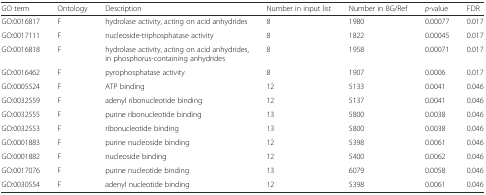
<table><thead><tr><td><b>GO term</b></td><td><b>Ontology</b></td><td><b>Description</b></td><td><b>Number in input list</b></td><td><b>Number in BG/Ref</b></td><td><b><i>p</i>-value</b></td><td><b>FDR</b></td></tr></thead><tbody><tr><td>GO:0016817</td><td>F</td><td>hydrolase activity, acting on acid anhydrides</td><td>8</td><td>1980</td><td>0.00077</td><td>0.017</td></tr><tr><td>GO:0017111</td><td>F</td><td>nucleoside-triphosphatase activity</td><td>8</td><td>1822</td><td>0.00045</td><td>0.017</td></tr><tr><td>GO:0016818</td><td>F</td><td>hydrolase activity, acting on acid anhydrides, in phosphorus-containing anhydrides</td><td>8</td><td>1958</td><td>0.00071</td><td>0.017</td></tr><tr><td>GO:0016462</td><td>F</td><td>pyrophosphatase activity</td><td>8</td><td>1907</td><td>0.0006</td><td>0.017</td></tr><tr><td>GO:0005524</td><td>F</td><td>ATP binding</td><td>12</td><td>5133</td><td>0.0041</td><td>0.046</td></tr><tr><td>GO:0032559</td><td>F</td><td>adenyl ribonucleotide binding</td><td>12</td><td>5137</td><td>0.0041</td><td>0.046</td></tr><tr><td>GO:0032555</td><td>F</td><td>purine ribonucleotide binding</td><td>13</td><td>5800</td><td>0.0038</td><td>0.046</td></tr><tr><td>GO:0032553</td><td>F</td><td>ribonucleotide binding</td><td>13</td><td>5800</td><td>0.0038</td><td>0.046</td></tr><tr><td>GO:0001883</td><td>F</td><td>purine nucleoside binding</td><td>12</td><td>5398</td><td>0.0061</td><td>0.046</td></tr><tr><td>GO:0001882</td><td>F</td><td>nucleoside binding</td><td>12</td><td>5400</td><td>0.0062</td><td>0.046</td></tr><tr><td>GO:0017076</td><td>F</td><td>purine nucleotide binding</td><td>13</td><td>6079</td><td>0.0058</td><td>0.046</td></tr><tr><td>GO:0030554</td><td>F</td><td>adenyl nucleotide binding</td><td>12</td><td>5398</td><td>0.0061</td><td>0.046</td></tr></tbody></table>